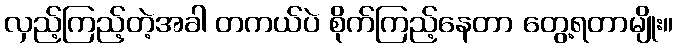
လှည့်ကြည့်တဲ့အခါ တကယ်ပဲ စိုက်ကြည့်နေတာ တွေ့ရတာမျိုး။